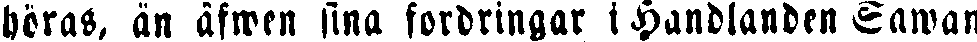
höras, än äfwen sina fordringar i Handlanden Sawan